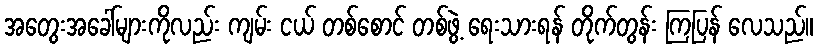
အတွေးအခေါ်များကိုလည်း ကျမ်း ငယ် တစ်စောင် တစ်ဖွဲ့ ရေးသားရန် တိုက်တွန်း ကြပြန် လေသည်။